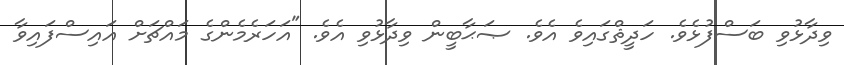
ވިދާޅުވި ބަސްފުޅެވެ. ހަދީޘްގައިވެ އެވެ. ޞަޙާބީން ވިދާޅުވި އެވެ. "އަހަރެމެންގެ މައްޗަށް އައިސްފައިވާ